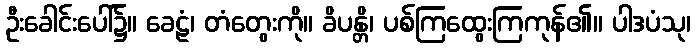
ဦးခေါင်းပေါ်၌။ ခေဠံ၊ တံတွေးကို။ ခိပန္တိ၊ ပစ်ကြထွေးကြကုန်၏။ ပါဒပံသု၊